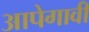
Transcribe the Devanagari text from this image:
आपेगावी